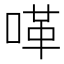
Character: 㗆